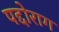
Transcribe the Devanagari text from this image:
पद्दोराग